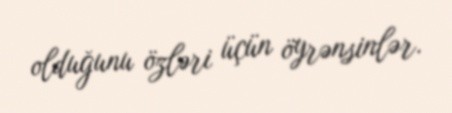
olduğunu özləri üçün öyrənsinlər.